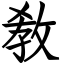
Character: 敎